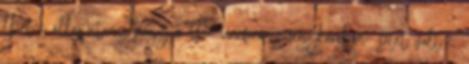
lhet-e állapítani, hogy a P. uniformis fénykorában- sötét volt-e.